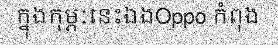
ក្នុងកុម្ភៈនេះឯងOppo កំពុង